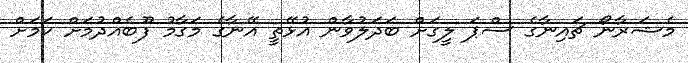
މެޝަރާނޯ ޗައިނާގެ ސްޕަ ލީގަށް ބަދަލުވާން އުޅޭތީ އޭނާގެ މަގާމު ފޫބެއްދުމަށް ކަމަށް